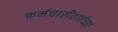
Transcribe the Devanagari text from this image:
कर्मचारीवर्गाच्या